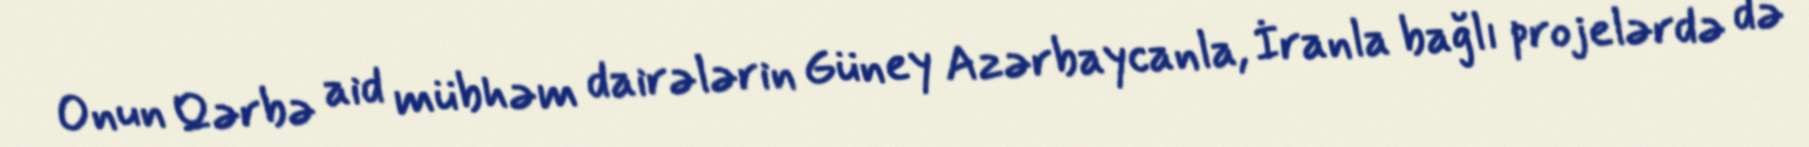
Onun Qərbə aid mübhəm dairələrin Güney Azərbaycanla, İranla bağlı projelərdə də